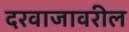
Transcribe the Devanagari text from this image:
दरवाजावरील